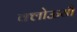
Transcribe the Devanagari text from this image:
क्लोऊसौ